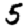
Digit: 5